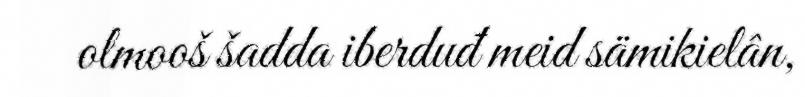
olmooš šadda iberduđ meid sämikielân,